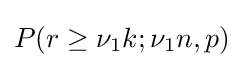
P(r\geq \nu _{1}k;\nu _{1}n,p)